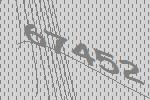
67452